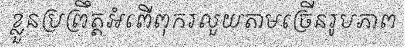
ខ្លួនប្រព្រឹត្តអំពើពុករលួយតាមច្រើនរូបភាព